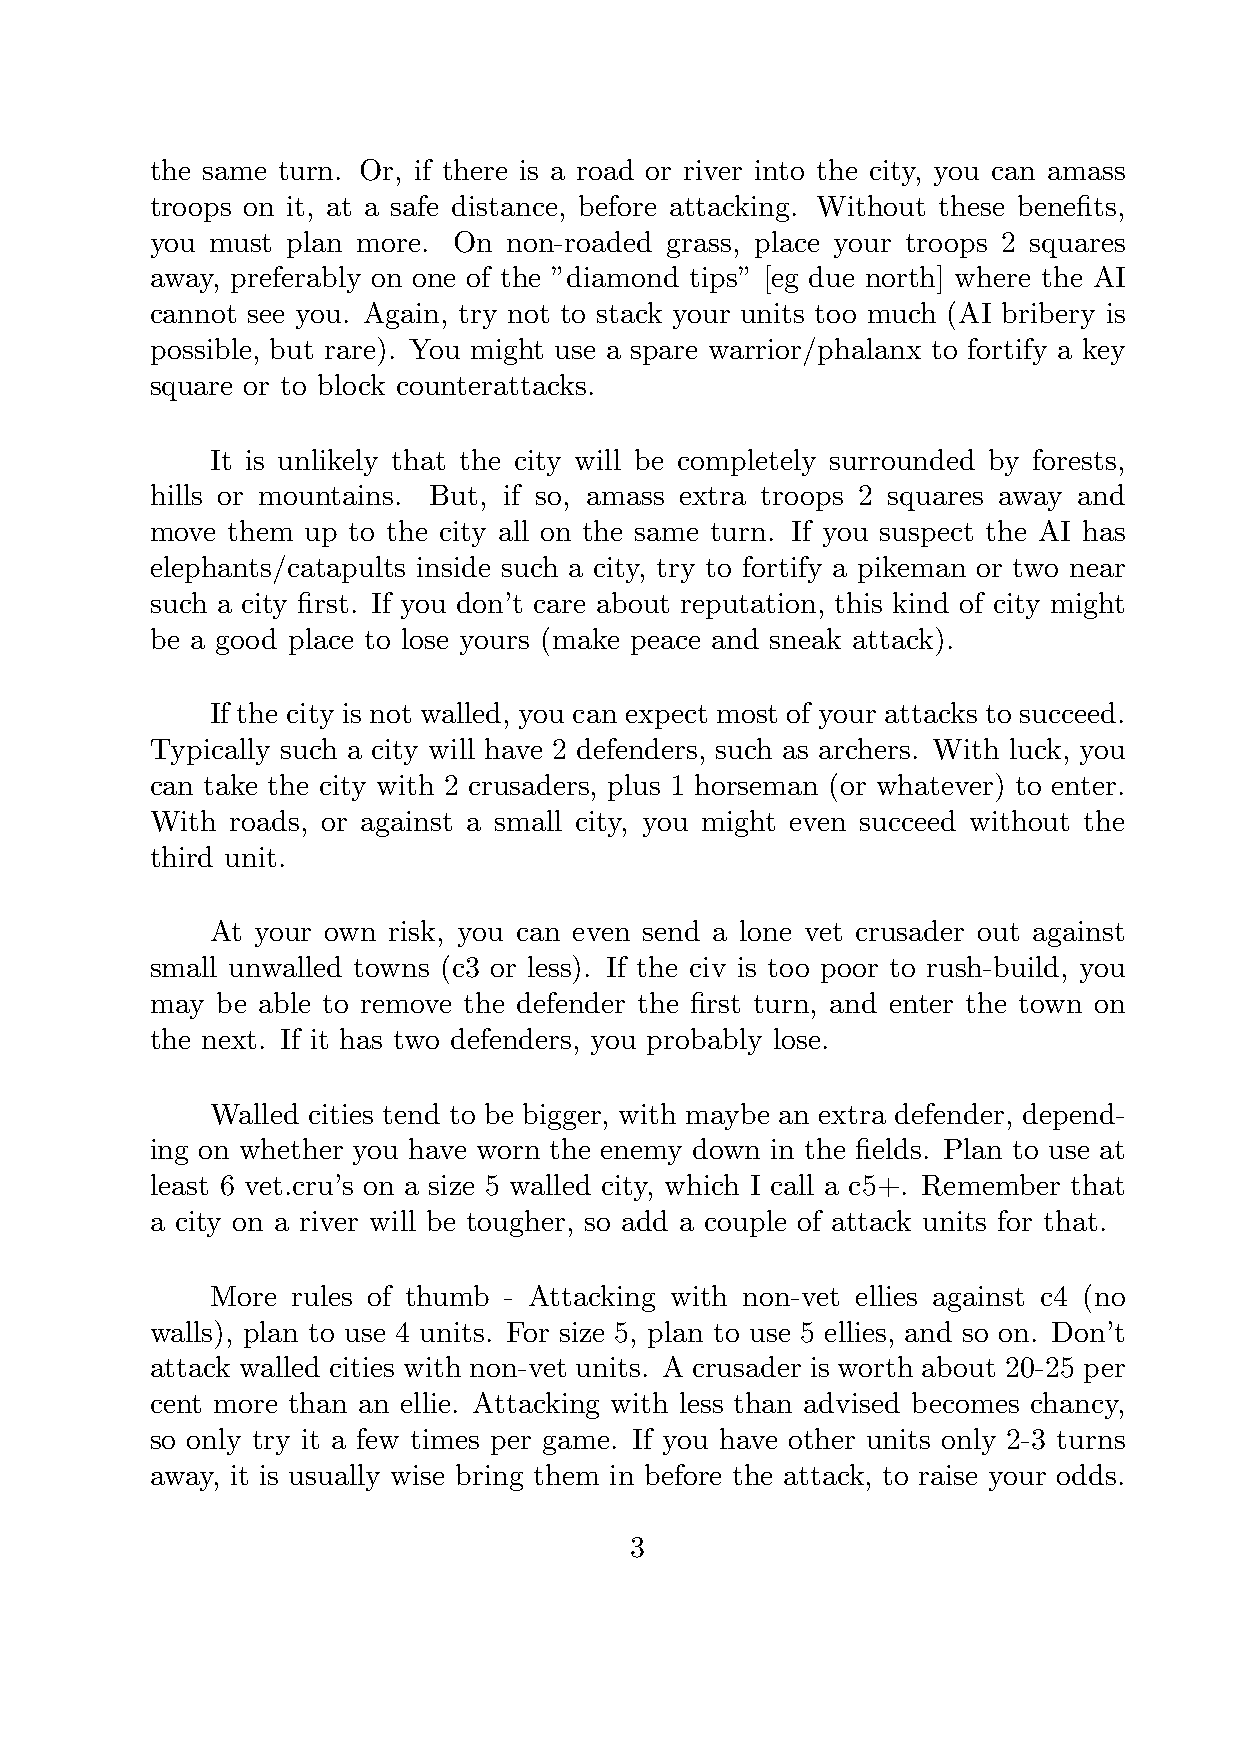
the same turn. Or, if there is a road or river into the city, you can amass
 troops on it, at a safe distance, before attacking. Without these benefits,
 you must plan more. On  non-roaded grass, place your troops 2 squares
 away, preferably on one of the ”diamond tips” [eg due north] where the AI
 cannot see you. Again, try not to stack your units too much (AI bribery is
 possible, but rare). You might use a spare warrior/phalanx to fortify a key
 square or to block counterattacks.
 It is unlikely that the city will be completely surrounded by forests,
 hills or mountains. But, if so, amass extra troops 2 squares away and
 move them up to the city all on the same turn. If you suspect the AI has
 elephants/catapults inside such a city, try to fortify a pikeman or two near
 such a city first. If you don’t care about reputation, this kind of city might
 be a good place to lose yours (make peace and sneak attack).
 If the city is not walled, you can expect most of your attacks to succeed.
 Typically such a city will have 2 defenders, such as archers. With luck, you
 can take the city with 2 crusaders, plus 1 horseman (or whatever) to enter.
 With roads, or against a small city, you might even succeed without the
 third unit.
 At your own risk, you can even send a lone vet crusader out against
 small unwalled towns (c3 or less). If the civ is too poor to rush-build, you
 may be able to remove the defender the first turn, and enter the town on
 the next. If it has two defenders, you probably lose.
 Walled cities tend to be bigger, with maybe an extra defender, depend-
 ing on whether you have worn the enemy down in the fields. Plan to use at
 least 6 vet.cru’s on a size 5 walled city, which I call a c5+. Remember that
 a city on a river will be tougher, so add a couple of attack units for that.
 More rules of thumb - Attacking with non-vet ellies against c4 (no
 walls), plan to use 4 units. For size 5, plan to use 5 ellies, and so on. Don’t
 attack walled cities with non-vet units. A crusader is worth about 20-25 per
 cent more than an ellie. Attacking with less than advised becomes chancy,
 so only try it a few times per game. If you have other units only 2-3 turns
 away, it is usually wise bring them in before the attack, to raise your odds.
 3